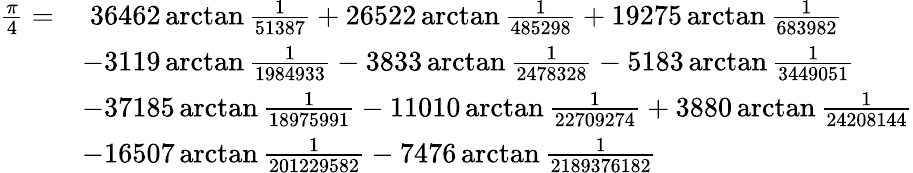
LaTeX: {\begin{array}{rl}{{\frac{\pi}{4}}=}&{\; 36462\arctan{\frac{1}{51387}}+26522\arctan{\frac{1}{485298}}+19275\arctan{\frac{1}{683982}}}\\ &{-3119\arctan{\frac{1}{1984933}}-3833\arctan{\frac{1}{2478328}}-5183\arctan{\frac{1}{3449051}}}\\ &{-37185\arctan{\frac{1}{18975991}}-11010\arctan{\frac{1}{22709274}}+3880\arctan{\frac{1}{24208144}}}\\ &{-16507\arctan{\frac{1}{201229582}}-7476\arctan{\frac{1}{2189376182}}}\end{array}}